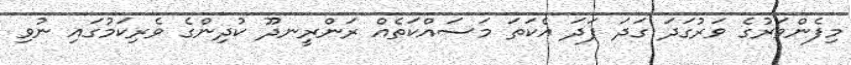
މިފެންވަރުގެ ވަރުގަދަ ގަދަ ފަދަ އެކަތަ މަސައްކަތެއް ރަންރީނދޫ ކުދިންގެ ވެރިކަމުގައި ނުވި